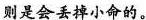
则是会丢掉小命的。